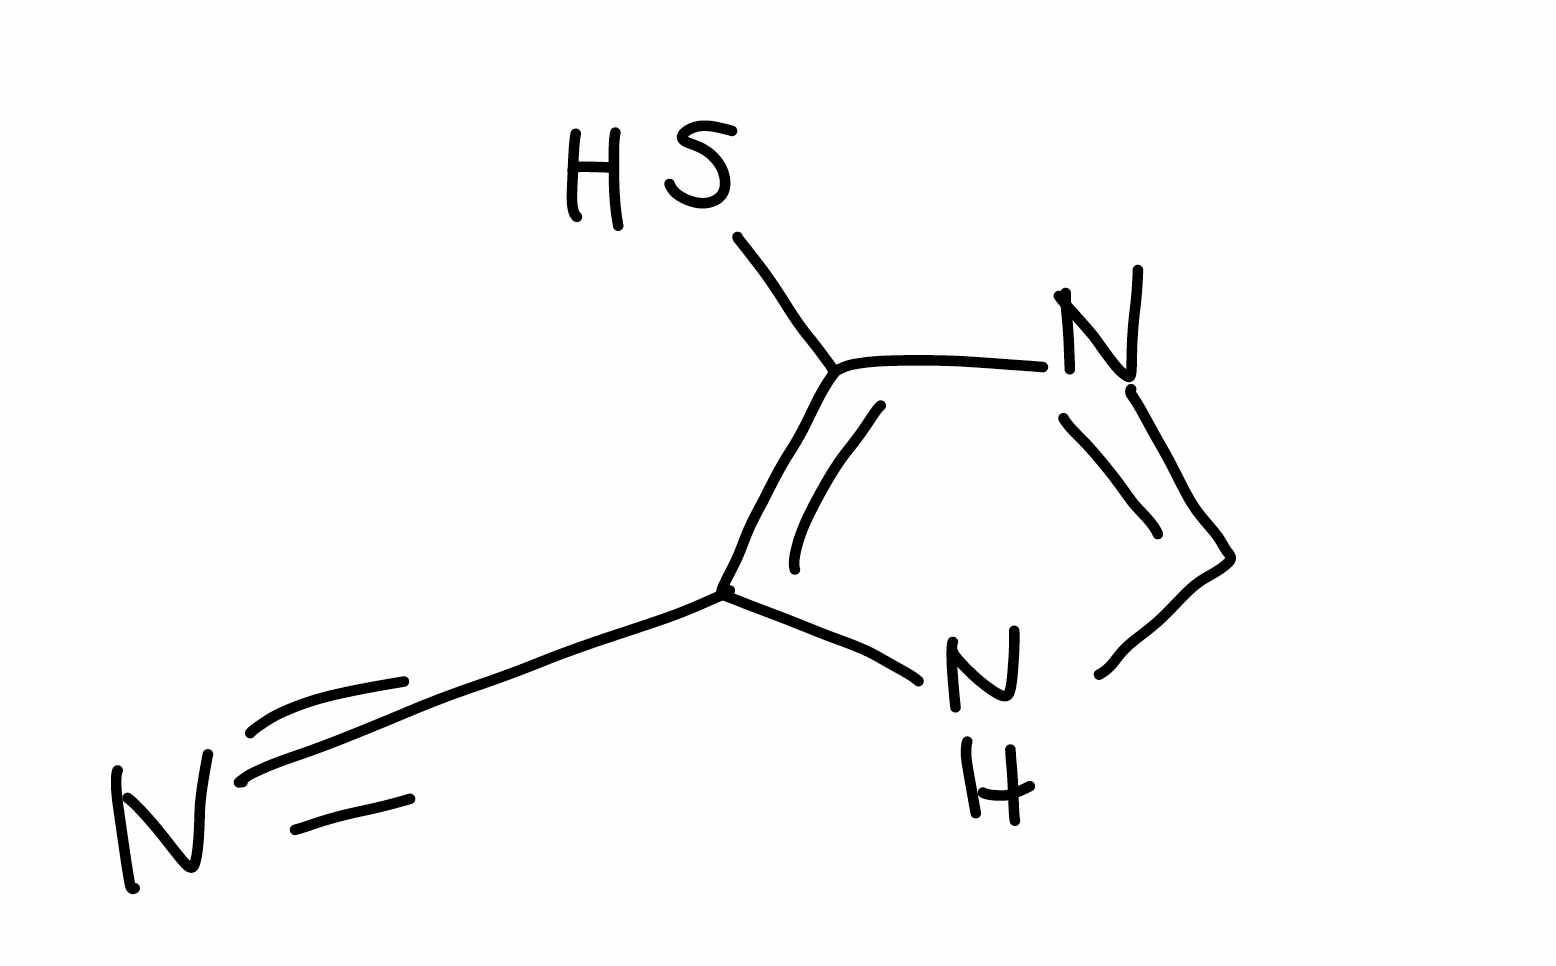
Simplified molecular-input line-entry system (SMILES) notation of the given molecule:
C1=NC(=C(N1)C#N)S